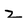
Character: z